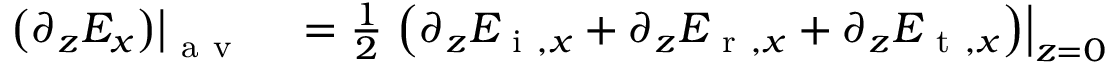
\begin{array} { r l } { \left. \left( \partial _ { z } E _ { x } \right) \right| _ { \mathrm { ~ a ~ v ~ } } } & { { } = \frac { 1 } { 2 } \left. \left( \partial _ { z } E _ { \mathrm { ~ i ~ } , x } + \partial _ { z } E _ { \mathrm { ~ r ~ } , x } + \partial _ { z } E _ { \mathrm { ~ t ~ } , x } \right) \right| _ { z = 0 } } \end{array}